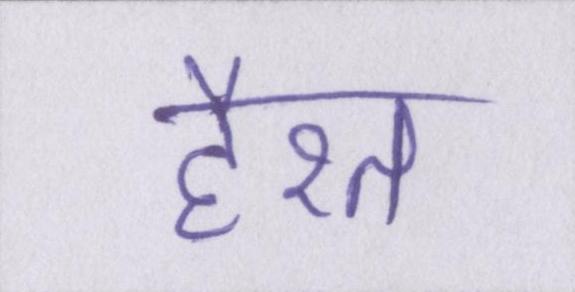
हैरत